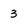
Character: 3